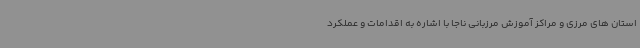
استان های مرزی و مراکز آموزش مرزبانی ناجا با اشاره به اقدامات و عملکرد